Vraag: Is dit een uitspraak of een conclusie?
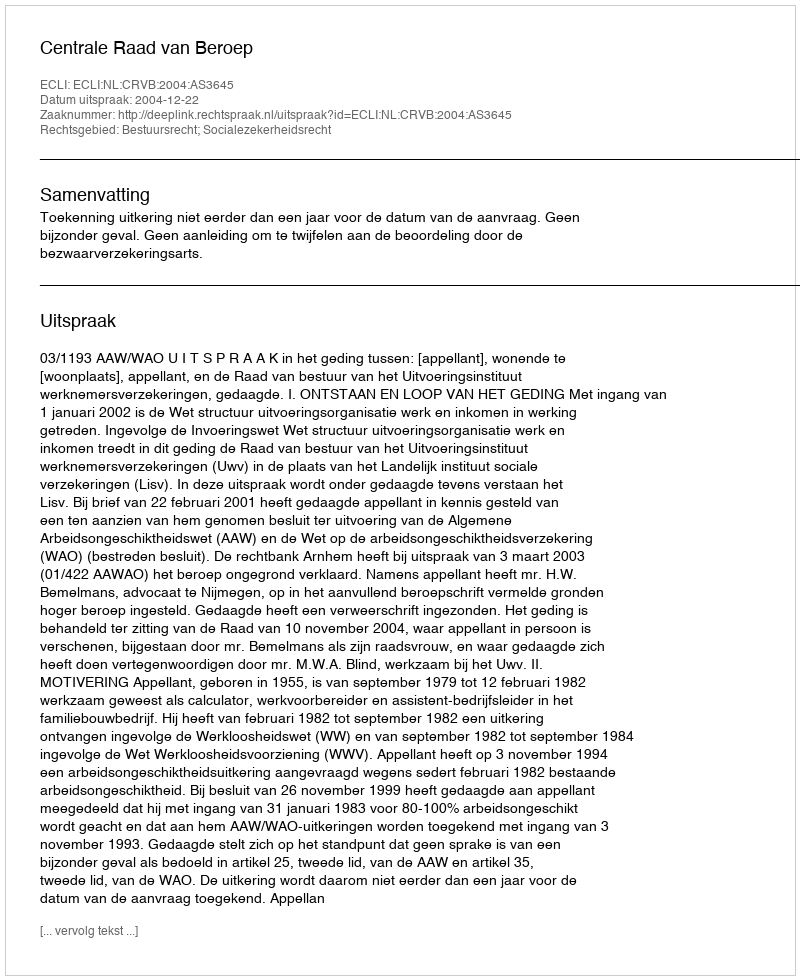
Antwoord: Uitspraak